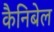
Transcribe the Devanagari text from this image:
कैनिबेल